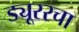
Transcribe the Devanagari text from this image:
ड्यूररचा